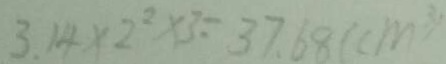
3 . 1 4 \times 2 ^ { 2 } \times 3 = 3 7 . 6 8 ( c m ^ { 2 } )